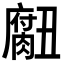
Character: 𮌾